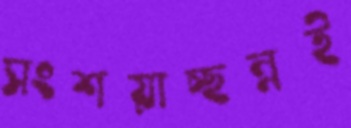
সংশয়াচ্ছন্নই